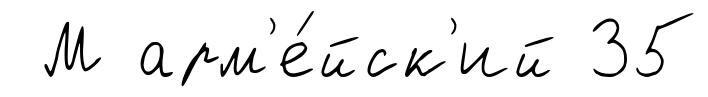
М арм'е́йск'ий 35